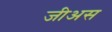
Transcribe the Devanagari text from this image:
जीअस